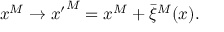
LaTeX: x ^ { M } \to { x ^ { \prime } } ^ { M } = x ^ { M } + \bar { \xi } ^ { M } ( x ) .